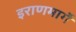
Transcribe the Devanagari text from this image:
इराणमार्गे